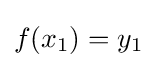
f(x_{1})=y_{1}